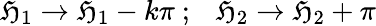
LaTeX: \mathfrak{H}_{1}\rightarrow\mathfrak{H}_{1}-k\pi~;~~~\mathfrak{H}_{2}\rightarrow\mathfrak{H}_{2}+\pi